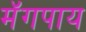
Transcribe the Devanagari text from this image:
मॅगपाय